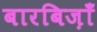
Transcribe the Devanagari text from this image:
बारबिज़ाँ